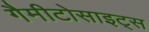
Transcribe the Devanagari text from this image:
गैमीटोसाइट्स